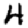
Digit: 4